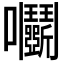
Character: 𡆞